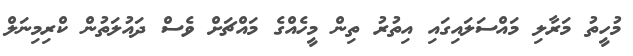
މުހީތު މަރާލި މައްސަލައިގައި އިތުރު ތިން މީހެއްގެ މައްޗަށް ވެސް ދައުލަތުން ކްރިމިނަލް